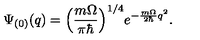
\Psi _ { ( 0 ) } ( q ) = \Bigl ( \frac { m \Omega } { \pi \hbar } \Bigr ) ^ { 1 / 4 } e ^ { - \frac { m \Omega } { 2 \hbar } q ^ { 2 } } .